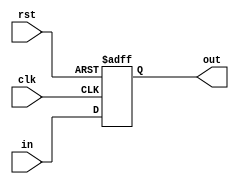
module reg4 (in, rst, clk, out);

input [3:0] in;
input rst, clk;

output [3:0] out;

reg [3:0] IM_ID;

always @(posedge clk or negedge rst)
	if (!rst)
		IM_ID <= 4'b0;
	else  
		IM_ID <= in;

assign out = IM_ID;
endmodule